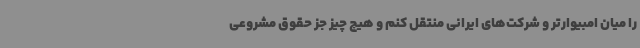
را میان امبیوارتر و شرکت‌های ایرانی منتقل کنم و هیچ چیز جز حقوق مشروعی